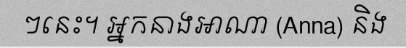
ៗនេះ។ អ្នកនាងអាណា (Anna) និង